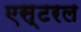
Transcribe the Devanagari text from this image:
एस्टरल